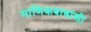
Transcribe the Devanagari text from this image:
माणिकबाबांशी